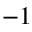
^ { - 1 }